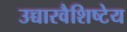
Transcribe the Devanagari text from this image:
उच्चारवैशिष्टेय